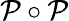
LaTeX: {\mathcal{P}}\circ{\mathcal{P}}